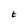
Character: t